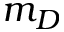
m _ { D }